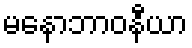
မနောဘာဝနီယာ